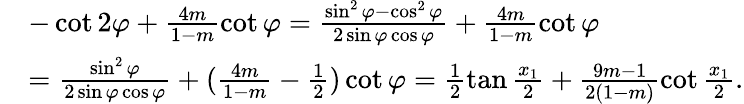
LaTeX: \begin{array}{rl}&{-\cot 2\varphi+\frac{4m}{1-m}\cot\varphi=\frac{\sin^{2}\varphi-\cos^{2}\varphi}{2\sin\varphi\cos\varphi}+\frac{4m}{1-m}\cot\varphi}\\ &{=\frac{\sin^{2}\varphi}{2\sin\varphi\cos\varphi}+(\frac{4m}{1-m}-\frac{1}{2})\cot\varphi=\frac{1}{2}\tan\frac{x_{1}}{2}+\frac{9m-1}{2(1-m)}\cot\frac{x_{1}}{2}.}\end{array}